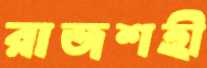
রাজশহী